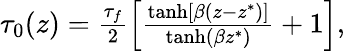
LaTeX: \begin{array}{r}{\tau_{0}(z)=\frac{\tau_{f}}{2}\left[\frac{\operatorname{tanh}[\beta(z-z^{*})]}{\operatorname{tanh}(\beta z^{*})}+1\right],}\end{array}